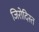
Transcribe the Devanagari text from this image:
जिरोदिस्त